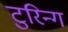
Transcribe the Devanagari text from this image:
टुरिन्ग